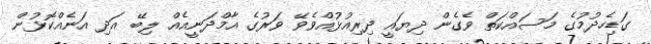
ގަޑިހެދުމުގެ މަސައްކަތް ވެގެން ދިޔައީ ދިރިއުޅުއްވެވޭ ވަރުގެ އާމްދަނީއެއް ލިބޭ އަދި އަނެއްކޮޅުން